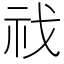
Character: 䄀